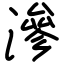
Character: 滲